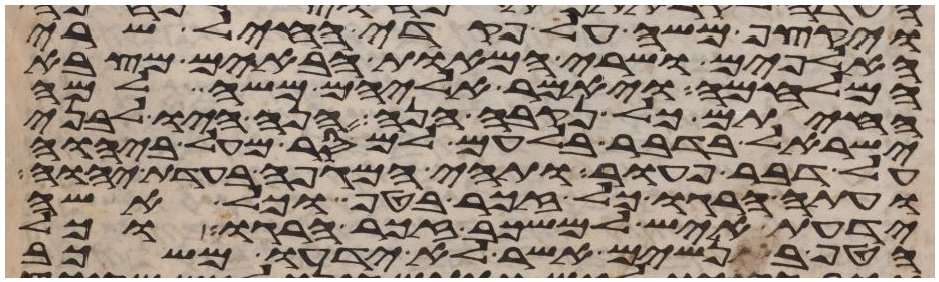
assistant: ויקצף משה על פקדי החיל שרי
האלפים ושרי המאות הבאים מצבא
המלחמה ויאמר אליהם משה למה
החיתם כל נקבה הנה הנה היו לבני
ישראל בדבר בלעם למסר מעל ביהוה
על דבר פעור ותהי המגפה בעדת יהוה
ועתה הרגו כל זכר בטף וכל אשה
ידעת איש למשכב זכר הרגו וכל
הטף בנשים אשר לא ידעו משכב